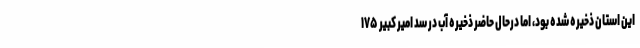
این استان ذخیره شده بود، اما درحال حاضر ذخیره آب در سد امیر کبیر ۱۷۵